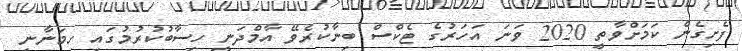
ފެށިގެން ކަމަށްވާތީ 2020 ވަނަ އަހަރުގެ ޓެކްސް ބިނާކުރެވޭ އާމްދަނީ ހިސާބުކުރުމުގައި ހިމަނާނީ